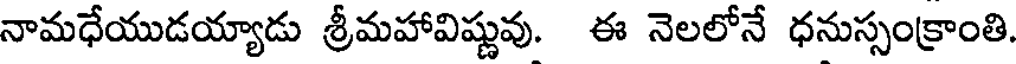
నామధేయుడయ్యాడు శ్రీమహావిష్ణువు. ఈ నెలలోనే ధనుస్సంక్రాంతి.